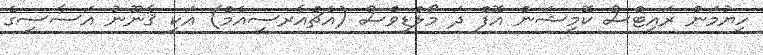
ހިޔުމަން ރައިޓްސް ކޮމިޝަން އޮފް ދަ މޯލްޑިވްސް (އެޗްއާރސީއެމް) އަކީ ޤާނޫނު އަސާސީގެ